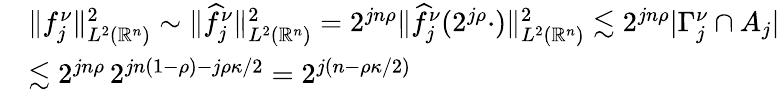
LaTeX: \begin{array}{rl}&{\| f_{j}^{\nu}\| _{L^{2}(\mathbb{R}^{n})}^{2}\sim\| \widehat{f}_{j}^{\nu}\| _{L^{2}(\mathbb{R}^{n})}^{2}=2^{jn\rho}\| \widehat{f}_{j}^{\nu}(2^{j\rho}\cdot)\| _{L^{2}(\mathbb{R}^{n})}^{2}\lesssim 2^{jn\rho}|\Gamma_{j}^{\nu}\cap A_{j}|}\\ &{\lesssim 2^{jn\rho}\, 2^{jn(1-\rho)-j\rho\kappa/2}=2^{j(n-\rho\kappa/2)}}\end{array}